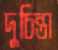
দুচিন্তা